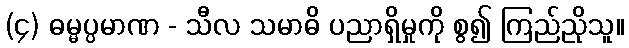
(၄) ဓမ္မပ္ပမာဏ - သီလ သမာဓိ ပညာရှိမှုကို စွ၍ ကြည်ညိုသူ။